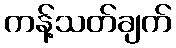
ကန့်သတ်ချက်